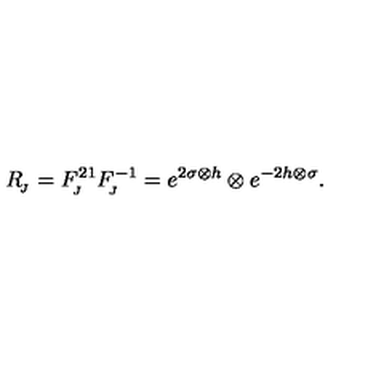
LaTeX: R _ { _ { \! J } } = F _ { _ { \! J } } ^ { 2 1 } F _ { _ { \! J } } ^ { - 1 } = e ^ { 2 \sigma \otimes h } \otimes e ^ { - 2 h \otimes \sigma } .